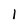
Character: l